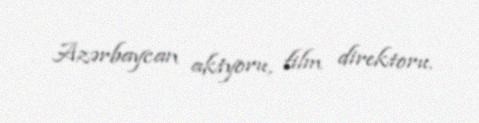
Azərbaycan aktyoru, film direktoru.